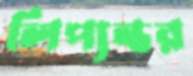
লিপ্যন্তর